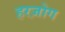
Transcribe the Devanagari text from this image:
हरज़ोग